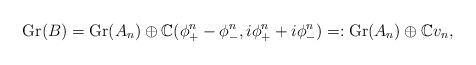
LaTeX: \begin{align*}\operatorname{Gr}(B)=\operatorname{Gr}(A_n)\oplus\mathbb{C}(\phi_+^n-\phi_-^n,i\phi_+^n+i\phi_-^n)=:\operatorname{Gr}(A_n)\oplus\mathbb{C}v_n,\end{align*}